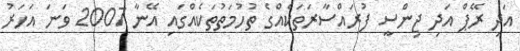
އަދި ރޭޕް އަދި ޖިންސީ ފުރައްސާރަތަކެއްގެ ތުހުމަތުތަކެއްގައި އޭނާ 2007 ވަނަ އަހަރު